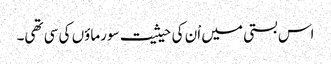
اس بستی میں اْن کی حیثیت سورماؤں کی سی تھی۔